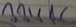
Text: 22VAC